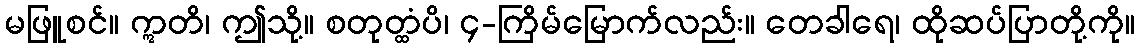
မဖြူစင်။ ဣတိ၊ ဤသို့။ စတုတ္ထံပိ၊ ၄-ကြိမ်မြောက်လည်း။ တေခါရေ၊ ထိုဆပ်ပြာတို့ကို။